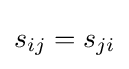
s_{ij}=s_{ji}